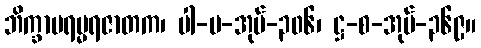
ဘိက္ခာပရမ္မရဇာတက၊ ပါ-ပ-အုပ်-၃၀၆၊ ဋ္ဌ-စ-အုပ်-၃၆၉။